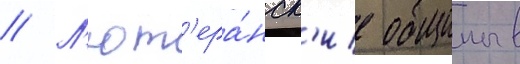
// Л'ют'ера́нск'ие общины в